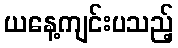
ယနေ့ကျင်းပသည့်